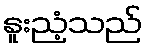
နူးညံ့သည်